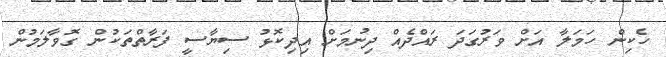
ހެކިން ހަމަލާ އަށް ވަރުގަދަ ރައްދެއް ދިނުމަށް އިދިކޮޅު ސިޔާސީ ފަރާތްތަކުން ގޮވާލަމުން